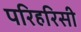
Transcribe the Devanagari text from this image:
परिहरिसी